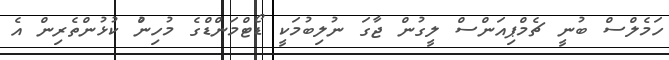
ހަމެލްސް ބުނީ ޗެމްޕިއަންސް ލީގުން ޖާގަ ނުލިބުމަކީ ޑޯޓްމަންޑްގެ މުހިންު ކުޅުންތެރިން އެ